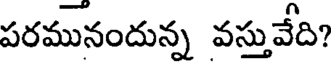
పరమునందున్న వస్తువేది?